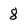
Character: 8